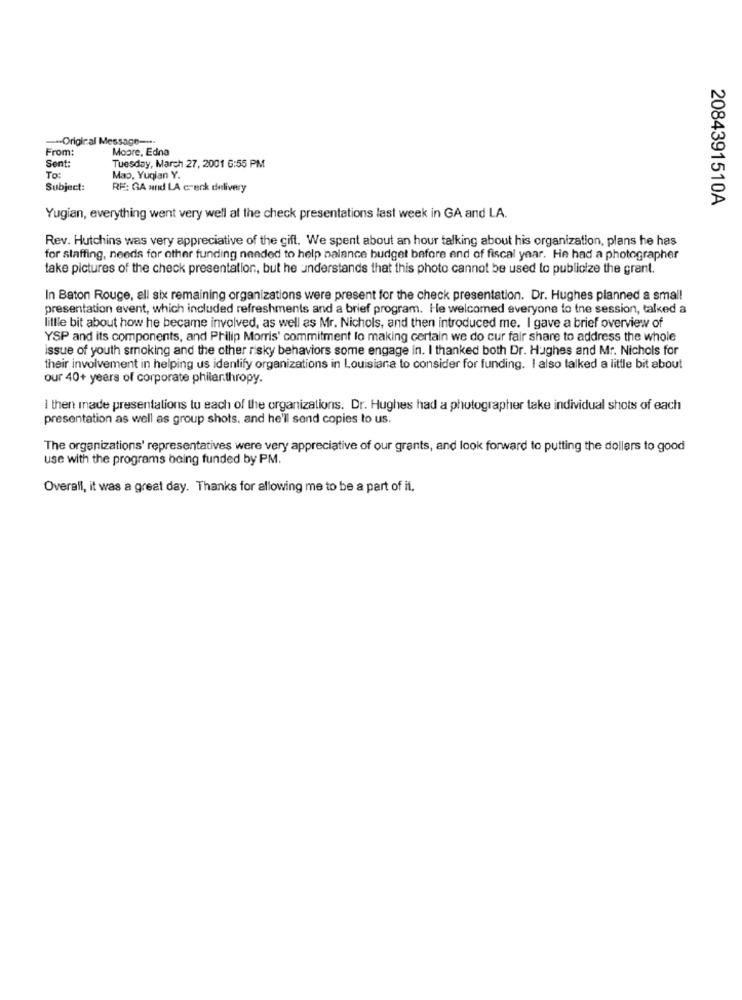
-- Original Message -**
From:
Moore, Edna
Sent:
Tuesday, March 27, 2001 6:55 PM
TO
Map, Yuqian Y.
Subject:
RE: GA and LA crenk delivery
2084391510A
Yugian, everything went very well al the check presentations last week in GA and LA.
Rev. Hutchins was very appreciative of the gift. We spent about an hour talking about his organization, plans he has
for staffing, needs for other funding needed to help balance budget before end of fiscal year. He had a photographer
take pictures of the check presentation, but he understands that this photo cannot be used to publicize the grant.
In Baton Rouge, all six remaining organizations were present for the check presentation. Dr. Hughes planned a small
presentation event, which included refreshments and a brief program. He welcomed everyone to the session, talked a
little bit about how he became involved, as well as Mr. Nichols, and then introduced me. I gave a brief overview of
YSP and its components, and Philip Morris' commitment lo making certain we do cur fair share to address the whole
issue of youth smoking and the other risky behaviors some engage in. I thanked both Dr. Hughes and Mr. Nichols for
their involvement in helping us identify organizations in Louisiana to consider for funding. I also talked a little bit about
our 40+ years of corporate philanthropy.
I then made presentations tu each of the organizations. Dr. Hughes had a photographer take individual shots of each
presentation as well as group shots, and he'll send copies to us.
The organizations' representatives were very appreciative of our grants, and look forward to putting the dollars to good
use with the programs being funded by PM.
Overall, it was a great day. Thanks for allowing me to be a part of it.